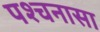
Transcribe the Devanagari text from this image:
पश्चनासा